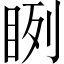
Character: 𥆁